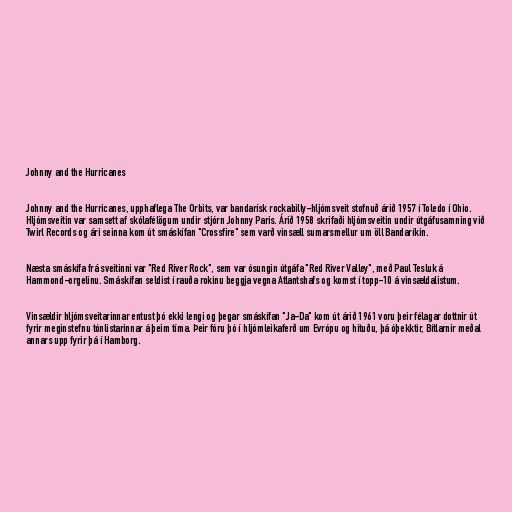
Johnny and the Hurricanes

Johnny and the Hurricanes, upphaflega The Orbits, var bandarísk rockabilly-hljómsveit stofnuð árið 1957 í Toledo í Ohio.
Hljómsveitin var samsett af skólafélögum undir stjórn Johnny Paris. Árið 1958 skrifaði hljómsveitin undir útgáfusamning við
Twirl Records og ári seinna kom út smáskífan "Crossfire" sem varð vinsæll sumarsmellur um öll Bandaríkin.

Næsta smáskífa frá sveitinni var "Red River Rock", sem var ósungin útgáfa "Red River Valley", með Paul Tesluk á
Hammond-orgelinu. Smáskífan seldist í rauða rokinu beggja vegna Atlantshafs og komst í topp-10 á vinsældalistum.

Vinsældir hljómsveitarinnar entust þó ekki lengi og þegar smáskífan "Ja-Da" kom út árið 1961 voru þeir félagar dottnir út
fyrir meginstefnu tónlistarinnar á þeim tíma. Þeir fóru þó í hljómleikaferð um Evrópu og hituðu, þá óþekktir, Bítlarnir meðal
annars upp fyrir þá í Hamborg.